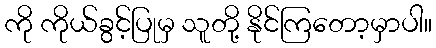
ကို ကိုယ်ခွင့်ပြုမှ သူတို့ နိုင်ကြတော့မှာပါ။